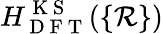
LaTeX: H_{\mathrm{~D~F~T~}}^{\mathrm{~K~S~}}(\{ \mathcal{R}\} )